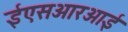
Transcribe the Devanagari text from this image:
ईएसआरआई